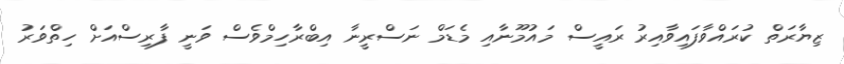
ޒިޔާރަތް ކުރައްވާފައިވާއިރު ރައީސް މައުމޫނާއި މެޑަމް ނަސްރީނާ އިބްރާހިމްވެސް ވަނީ ފާރިސްއަށް ހިތްވަރު